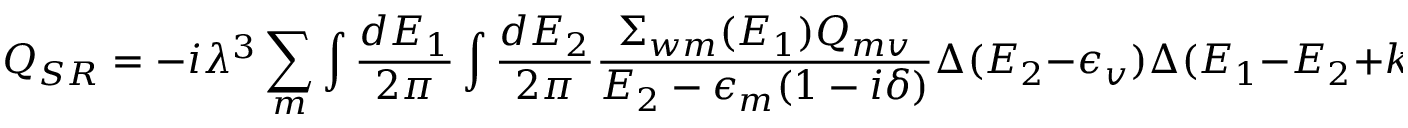
Q _ { S R } = - i \lambda ^ { 3 } \sum _ { m } \int { \frac { d E _ { 1 } } { 2 \pi } } \int { \frac { d E _ { 2 } } { 2 \pi } } { \frac { \Sigma _ { w m } ( E _ { 1 } ) Q _ { m v } } { E _ { 2 } - \epsilon _ { m } ( 1 - i \delta ) } } \Delta ( E _ { 2 } - \epsilon _ { v } ) \Delta ( E _ { 1 } - E _ { 2 } + k _ { 0 } ) \Delta ( E _ { 1 } + k _ { 0 } - \epsilon _ { w } ) ,